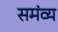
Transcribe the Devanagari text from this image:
समंव्य